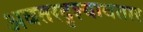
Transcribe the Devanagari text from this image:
अवतरदृश्यावतार